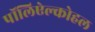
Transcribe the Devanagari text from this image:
पॉलिऐल्कोहल